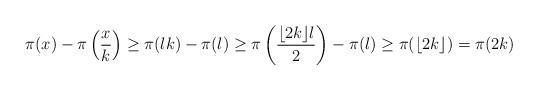
LaTeX: \begin{align*} \pi(x) - \pi \left( \frac{x}{k} \right) \geq \pi(lk) - \pi(l) \geq \pi \left( \frac{ \lfloor 2k \rfloor l}{2} \right) - \pi(l) \geq \pi(\lfloor 2k \rfloor)= \pi(2k)\end{align*}